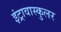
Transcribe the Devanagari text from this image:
इंट्रावास्कुलर